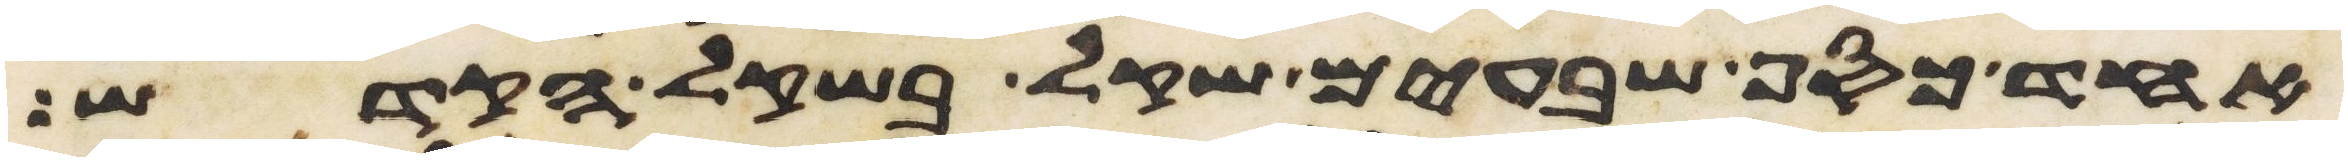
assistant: אחד כסף שבעים שקל בשקל הקדש